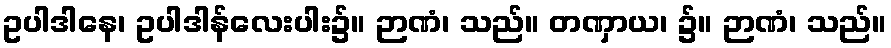
ဥပါဒါနေ၊ ဥပါဒါန်လေးပါး၌။ ဉာဏံ၊ သည်။ တဏှာယ၊ ၌။ ဉာဏံ၊ သည်။